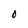
Character: O